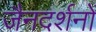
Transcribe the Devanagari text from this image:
जैनदर्शनों